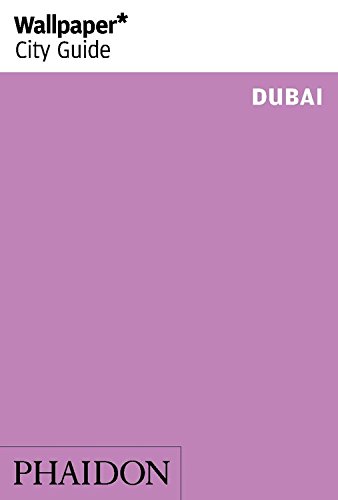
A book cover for Wallpaper* City Guide Dubai 2014 (Wallpaper City Guides); Travel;